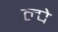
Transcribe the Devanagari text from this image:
ल्पे